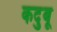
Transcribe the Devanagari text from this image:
कदुबू